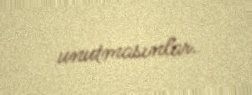
unutmasınlar.